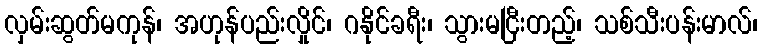
လှမ်းဆွတ်မကုန်၊ အဟုန်ပည်းလှိုင်၊ ဂနိုင်ခရီး၊ သွားမငြီးတည့်၊ သစ်သီးပန်းမာလ်၊